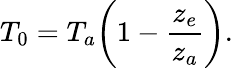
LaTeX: T_{0}=T_{a}\bigg(1-{\frac{z_{e}}{z_{a}}}\bigg).